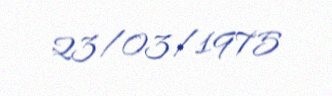
23/03/1975